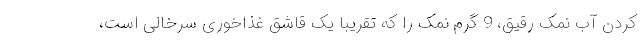
کردن آب نمک رقیق، 9 گرم نمک را که تقریباً یک قاشق غذاخوری سرخالی است،